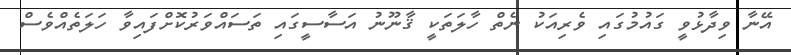
އޭނާ ވިދާޅުވީ ގައުމުގައި ވެރިއަކު ނެތް ހާލަތަކީ ޤާނޫނު އަސާސީގައި ތަސައްވަރުކޮށްފައިވާ ހަލަތެއްވެސް